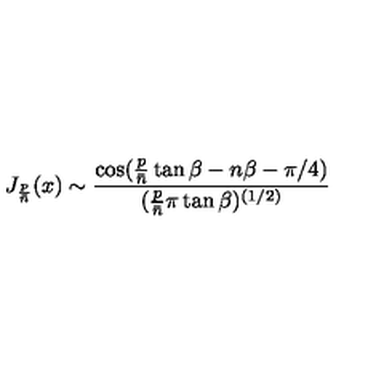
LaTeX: J _ { { \frac { p } { \bar { n } } } } ( x ) \sim { \frac { \cos ( { \frac { p } { \bar { n } } } \tan \beta - n \beta - \pi / 4 ) } { ( { \frac { p } { \bar { n } } } \pi \tan \beta ) ^ { ( 1 / 2 ) } } }